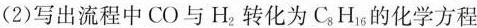
(2)写出流程中CO与H_{2}转化为C_{8}H_{6}的化学方程